Lunatic asylums Punjab 1868-1880 - 1868-1880
Year: 1868
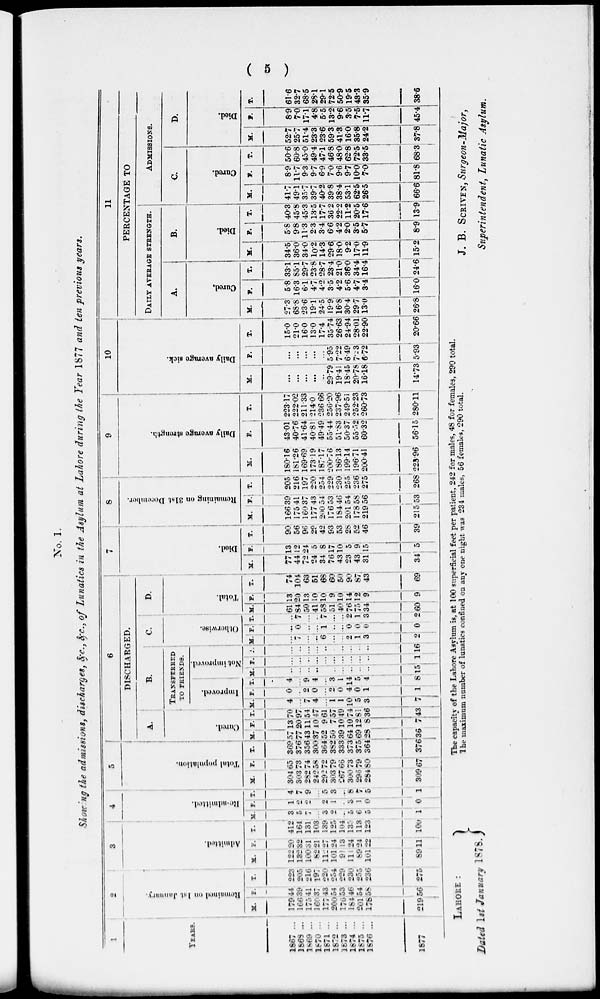
( 5 )
No. 1.
Showing the admissions, discharges, &c., &c., of Lunatics in the Asylum at Lahore during the Year 1877 and ten previous years.
1
YEARS
1867 ...
1868 ...
1869 ...
1870 ...
1871 ...
1872 ...
1873 ...
1874 ...
1875 ...
1876 ...
1877
2
Remained on
1st
January.
M.
179
166
175
160
177
200
176
184
201
178
219
F.
44
39
41
37 43
54
53
46
64
56
56
T.
223
205
216
197
220
254
229
230
255
236
275
3
Admitted.
M.
122
132
100
82
112
101
91
11
89
101
89
F.
20
32
31
21
27
24
13
24
24
22
1 1
T.
412
164
131
103
139
125
104
135
113
123
100
4
Re-admitted.
M.
3
5
7
...
3
2
...
5
6
5
1
F.
1
2
2
1
2
1
...
3
1
0
0
T.
1
7
9
...
5
3
...
8
7
5
1
5
Tota population.
M.
304
303
282
242
292
303
267
300
296
284
309
F.
65
73
74
58
72
79
66
73
79
80
67
T.
369
376
356
300
364
382
333
373
375
364
376
6
DISCHARGED.
A.
B.
C.
D.
TRANSFERRED
TO FRIENDS.
Cured.
M.
57
177
43
37
52
56
39
64
69
28
36
F.
13
20
11
10
9
7
10
10
12
8
7
T.
70
97
54
47
61
57
49
74
81
36
43
Improved.
M.
4
...
7
4
...
1
1
10
5
3
7
F.
0
...
2
0
...
2
0
4
0
1
1
T.
4
...
9
4
...
3
1
14
5
4
8
Not
improved.
M.
...
...
...
..
...
...
...
...
...
...
15
F.
...
...
...
...
...
...
...
...
...
...
1
T.
...
...
...
...
...
...
...
...
...
...
16
Otherwise.
M.
...
7
...
...
6
...
...
2
1
3
2
F.
...
0
...
...
1
..
...
0
0
0
0
T.
...
7
...
7
...
...
2
1
3
2
Total.
M.
61
84
50
41
58
51
40
76
75
34
60
F.
13
20
13
10
10
9
10 14
12
9
9
T.
74
104
63
51
68
60
50
90
87
43
69
7
Died.
M.
77
44
72
24
34
76
43 23
43
31
34
F.
13
12
24
5
8
17
10
5
9 15
5
T.
90
56
96
29
42
93
53
28
52
46
39
8
Remaining
on 31st December.
M.
166
175
160
177
200
176
184
201
178
219
215
F.
39
41
37
43
54
53
46
54
58
56
53
T.
205
216
197
220
254
229
230
255
236
275
268
9
Daily average strength.
M.
180.16
181.26
169.69
173.19
187.17
200.76
186.13
199.14
196.71
200.41
223.96
F.
43.01
40.76
41.64 40.81
49.49
55.44
51.83
50.37
55.52
60.32
56.15
T.
223.17
222.02
211.33
214.0
236.66
256.20
237.96
249.51
252.23
260.73
280.11
10
Daily average sick.
M.
...
...
...
...
...
29.79
19.41
18.45
20.78
16.18
14.73
F.
...
...
...
...
5.95
7.22
6.49
7.23
6.72
5.63
T.
15.0
21.0
16.0
13.0
17.4
35.74
26.63
24.94
28.01
22.90
20.66
11
PERCENTAGE TO
Daily average strength.
A.
Cured.
M.
27.3
68.8
23.6
19.1
24.5
19.9
16.8
30.4
29.7
13.0
26.8
F.
5.8
16.3
6.1
4.7
4.2
3.5
4.2
5.6
4.7
3.4
16.0
T.
33.1
85.1
29.7
23.8
28.7
23.4
21.0
36.0
34.4
16.4
24.6
B.
Died.
M.
34.5
36.0
34.0
10.2
14.3
29.6
18.0
9.2
17.0
11.9
15.2
F.
5.8
9.8
11.3
2.3
3.4
6.6
4.2
2.0
3.5
5.7
8.9
T.
40.3
45.8
45.3
13.5
17.7
36.2
22.2
11.2
20.5
17.6
13.9
ADMISSIONS.
C.
Cured.
M.
41.7
49.1
35.7
39.7
40.2
39.8
38.4
53.1
62.5
26.5
66.6
F.
8.9
11.7
9.3
9.7
6.9
7.0
9.6
9.7
10.0
7.0
81.8
T.
50.6
60.8
45.0
49.4
47.1
46.8
48.0
62.8
72.5
33.5
68.3
D.
Died.
M.
52.7
25.7
51.4
23.3
23.6
59.3
41.3
16.0
35.8
24.2
37.8
F.
8.9
7.0
17.1
4.8
5.5
13.2
9.6
3.5
7.5
11.7
45.4
T.
61.6
32.7
68.5
28.1
29.1
72.5
50.9
19.5
43.3
35.9
38.6
The capacity of the Lahore Asylum is, at 100 superficial feet per patient, 242 for males, 48 for females, 290 total.
The maximum number of lunatics confined on any one night was 234 males, 56 females, 290 total.
LAHORE:
Dated 1st January 1878.
J. B. SCRIVEN, Surgeon-Major,
Superintendent, Lunatic Asylum.